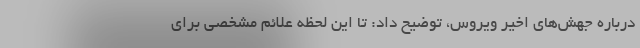
درباره جهش‌های اخیر ویروس، توضیح داد: تا این لحظه علائم مشخصی برای